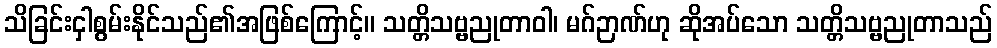
သိခြင်းငှါစွမ်းနိုင်သည်၏အဖြစ်ကြောင့်။ သတ္တိသဗ္ဗညုတာဝါ၊ မဂ်ဉာဏ်ဟု ဆိုအပ်သော သတ္တိသဗ္ဗညုတာသည်